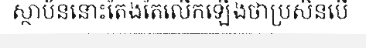
ស្ថាប័ននោះតែងតែលើកឡើងថាប្រសិនបើ